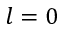
l = 0